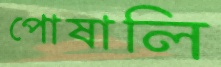
পোষালি